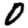
Digit: 0